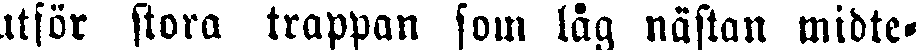
utför stora trappan som låg nästan midte-